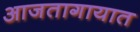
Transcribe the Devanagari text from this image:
आजतागायात